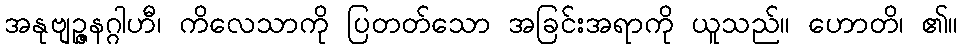
အနုဗျဉ္ဇနဂ္ဂါဟီ၊ ကိလေသာကို ပြတတ်သော အခြင်းအရာကို ယူသည်။ ဟောတိ၊ ၏။